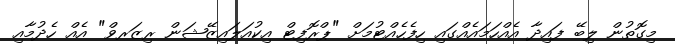
މިގޮތުން ލިބޭ ފައިދާ އެއްހަމައެއްގައި ހިފެހެއްޓުމަށް "ޕްރޮފިޓް އިކުއަލައިޒޭޝަން ރިޒަރވް" އެއް ހެދުމާއި